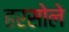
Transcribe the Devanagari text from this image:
हरसोले